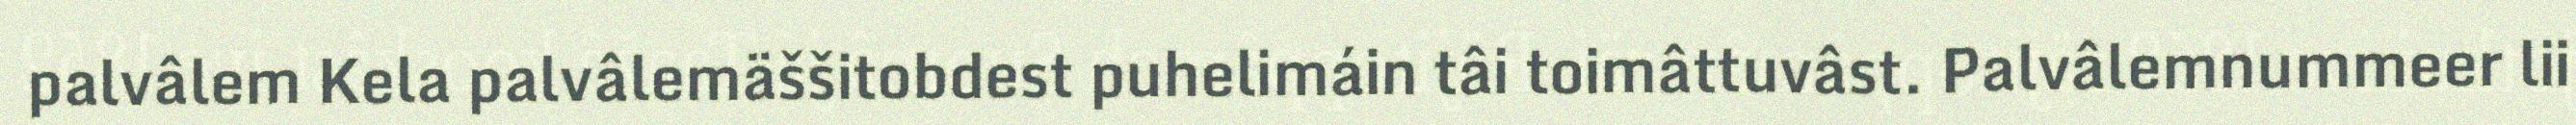
palvâlem Kela palvâlemäššitobdest puhelimáin tâi toimâttuvâst. Palvâlemnummeer lii